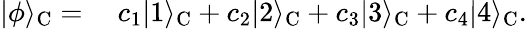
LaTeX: \begin{array}{rl}{|\phi\rangle_{\mathrm{C}}=}&{{}~c_{1}|1\rangle_{\mathrm{C}}+c_{2}|2\rangle_{\mathrm{C}}+c_{3}|3\rangle_{\mathrm{C}}+c_{4}|4\rangle_{\mathrm{C}}.}\end{array}